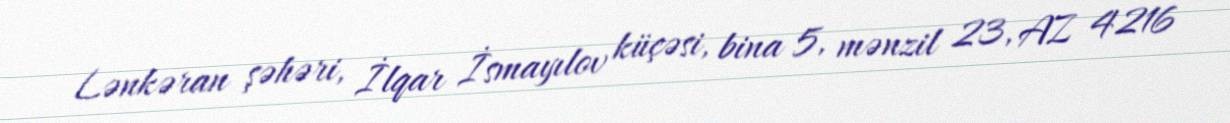
Lənkəran şəhəri, İlqar İsmayılov küçəsi, bina 5, mənzil 23, AZ 4216